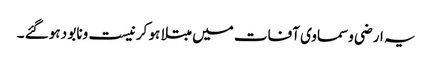
یہ ارضی وسماوی آفات میں مبتلا ہو کر نیست ونابو د ہوگئے ۔